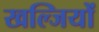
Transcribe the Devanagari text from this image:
खल्जियों